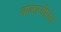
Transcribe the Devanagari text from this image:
बाळाजीपंत